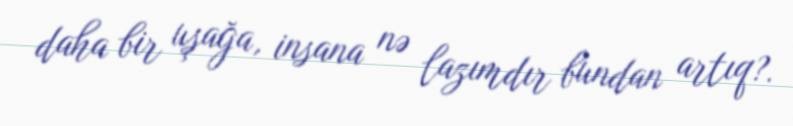
daha bir uşağa, insana nə lazımdır bundan artıq?.